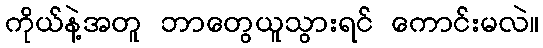
ကိုယ်နဲ့အတူ ဘာတွေယူသွားရင် ကောင်းမလဲ။